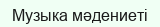
Музыка мәдениеті